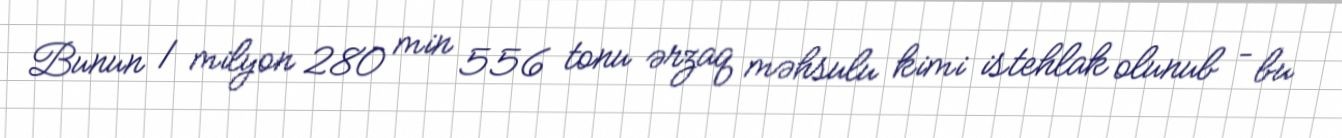
Bunun 1 milyon 280 min 556 tonu ərzaq məhsulu kimi istehlak olunub – bu